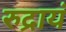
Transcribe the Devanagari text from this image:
रुद्रायं